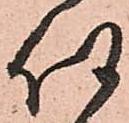
任